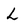
Character: L